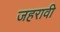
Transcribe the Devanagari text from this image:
जहरावी